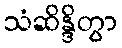
သံဆိန္ဒိတွာ